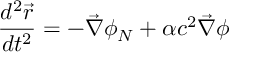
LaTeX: \frac { d ^ { 2 } \vec { r } } { d t ^ { 2 } } = - \vec { \nabla } \phi _ { N } + \alpha c ^ { 2 } \vec { \nabla } \phi